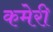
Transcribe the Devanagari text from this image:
कमेरी